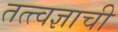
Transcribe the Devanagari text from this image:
तत्त्वज्ञाची